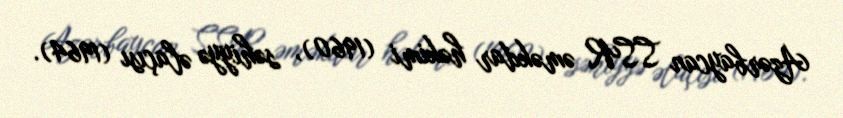
Azərbaycan SSR əməkdar həkimi (1960), səhiyyə əlaçısı (1964).